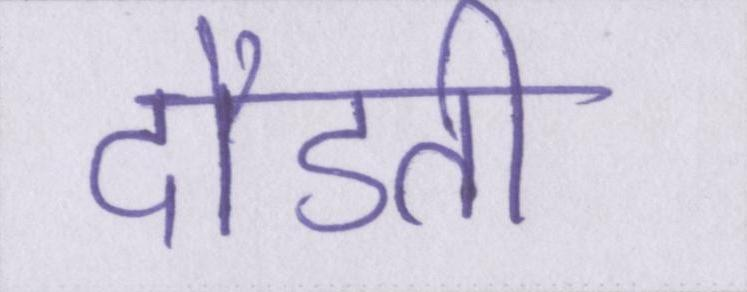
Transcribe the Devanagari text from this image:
दौडती